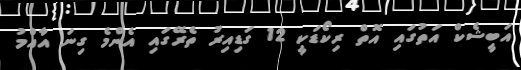
އަބީޝެކް އަތުގައި އޮތް ރިކޯޑަކީ 12 ގަޑިއިރު ތެރޭގައި އެންމެ ގިނަ އާއްމު